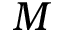
M